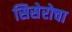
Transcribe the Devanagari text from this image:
सिसेरोचा